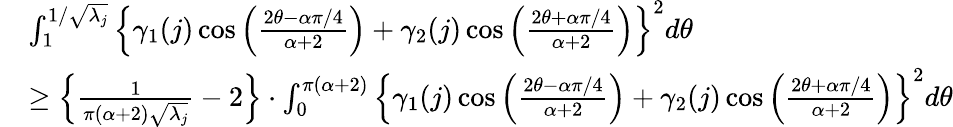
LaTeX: \begin{array}{rl}&{\int_{1}^{1/\sqrt{\lambda_{j}}}\left\{ \gamma_{1}(j)\cos\Big(\frac{2\theta-\alpha\pi/4}{\alpha+2}\Big)+\gamma_{2}(j)\cos\Big(\frac{2\theta+\alpha\pi/4}{\alpha+2}\Big)\right\} ^{2}d\theta}\\ &{\geq\Big\{ \frac{1}{\pi(\alpha+2)\sqrt{\lambda_{j}}}-2\Big\} \cdot\int_{0}^{\pi(\alpha+2)}\left\{ \gamma_{1}(j)\cos\Big(\frac{2\theta-\alpha\pi/4}{\alpha+2}\Big)+\gamma_{2}(j)\cos\Big(\frac{2\theta+\alpha\pi/4}{\alpha+2}\Big)\right\} ^{2}d\theta}\end{array}